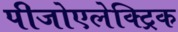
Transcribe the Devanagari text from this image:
पीजोएलेक्ट्रिक